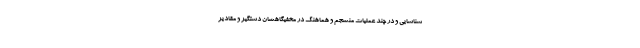
شناسایی و در چند عملیات منسجم و هماهنگ در مخفیگاهشان دستگیر و مقادیر